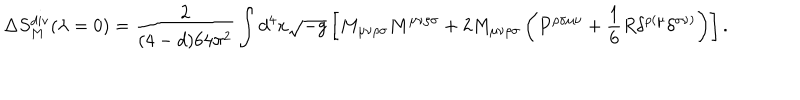
\Delta S _ { M } ^ { \mathrm { d i v } } ( \lambda = 0 ) = \frac { 2 } { ( 4 - d ) 6 4 \pi ^ { 2 } } \int d ^ { 4 } x \sqrt { - g } \left[ M _ { \mu \nu \rho \sigma } M ^ { \mu \nu \rho \sigma } + 2 M _ { \mu \nu \rho \sigma } \left( P ^ { \rho \sigma \mu \nu } + \frac { 1 } { 6 } R \delta ^ { \rho ( \mu } \delta ^ { \sigma \nu ) } \right) \right] .